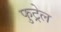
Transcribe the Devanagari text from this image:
फुट्रेल